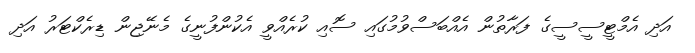
އަދި އެމްޓީސީސީގެ ފަރާތުން އެއްބަސްވުމުގައި ސޮއި ކުރެއްވީ އެކުންފުނީގެ މެނޭޖިން ޑިރެކްޓަރު އަދި